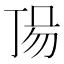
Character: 𠀵